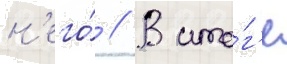
н'его́ // В ито́г'е